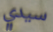
سيدي